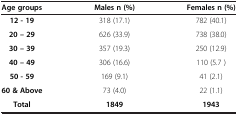
<table><thead><tr><td><b>Age groups</b></td><td><b>Males n (%)</b></td><td><b>Females n (%)</b></td></tr></thead><tbody><tr><td><b>12 - 19</b></td><td>318 (17.1)</td><td>782 (40.1)</td></tr><tr><td><b>20 – 29</b></td><td>626 (33.9)</td><td>738 (38.0)</td></tr><tr><td><b>30 – 39</b></td><td>357 (19.3)</td><td>250 (12.9)</td></tr><tr><td><b>40 – 49</b></td><td>306 (16.6)</td><td>110 (5.7 )</td></tr><tr><td><b>50 - 59</b></td><td>169 (9.1)</td><td>41 (2.1)</td></tr><tr><td><b>60 &amp; Above</b></td><td>73 (4.0)</td><td>22 (1.1)</td></tr><tr><td><b>Total</b></td><td><b>1849</b></td><td><b>1943</b></td></tr></tbody></table>